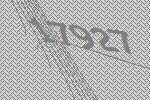
17927